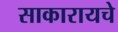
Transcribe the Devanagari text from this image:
साकारायचे